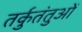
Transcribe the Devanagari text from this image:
तर्कुतंतुओं